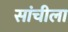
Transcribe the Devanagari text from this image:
सांचीला